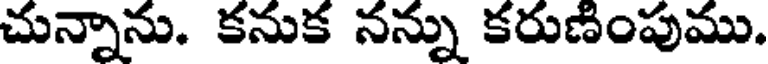
చున్నాను. కనుక నన్ను కరుణింపుము.